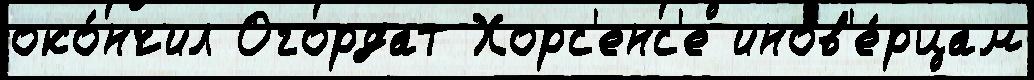
око́нчил Огордат Хорс'енс'е инов'е́рцам